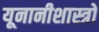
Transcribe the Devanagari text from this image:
यूनानीशास्त्रों